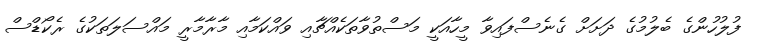
ފުލުހުންގެ ބެލުމުގެ ދަށަށް ގެެނެސްފައިވާ މީހާއަކީ މަސްތުވާތަކެއްޗާއި ވައްކަމާއި މާރާމާރީ މައްސަލަތަކުގެ ރެކޯޑްސް